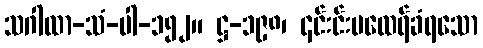
သဂါထာ-သံ-ပါ-၁၅၂။ ဋ္ဌ-၁၉၈၊ ၎င်းင်းမထေရ်ခံရသော